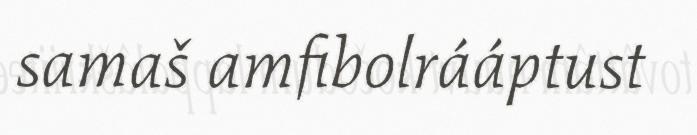
samaš amfibolrááptust